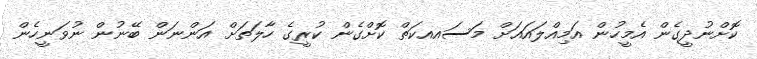
ކޮށްނުދީގެން އެމީހުން އަމިއްލައައަށް މަސައއކަތް ކޮށްގެން ކުރީގެ ހާލަތަށް އަންނަން ބޭނުން ނުވަނީހެން